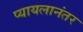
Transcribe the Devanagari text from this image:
प्यायलानंतर